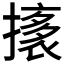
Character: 𭢟